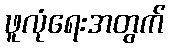
ဖူလုံရေးအတွက်